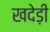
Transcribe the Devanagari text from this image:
खदेड़ी